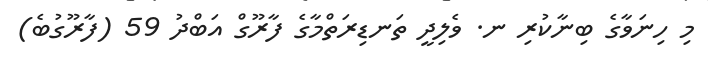
މި ހިނަވާގެ ބިނާކުރި ނ. ވެލިދީ ތަނޑިރަތްމާގެ ފާރޫގް އަބްދު 59 (ފާރޫގުބެ)